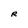
Character: R